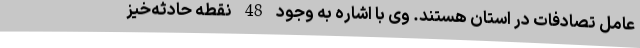
عامل تصادفات در استان هستند. وی با اشاره به وجود 48 نقطه حادثه‌خیز